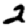
Digit: 2